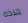
هاذه